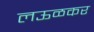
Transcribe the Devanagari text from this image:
लऊळकर